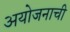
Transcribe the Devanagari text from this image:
अयोजनाची